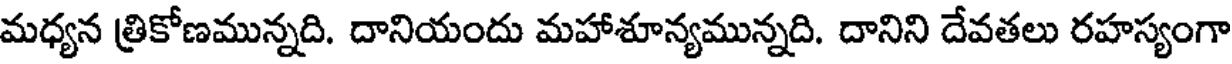
మధ్యన త్రికోణమున్నది. దానియందు మహాశూన్యమున్నది. దానిని దేవతలు రహస్యంగా